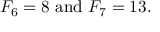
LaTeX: F _ { 6 } = 8 { \mathrm { ~ a n d ~ } } F _ { 7 } = 1 3 .